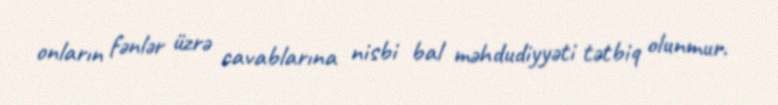
onların fənlər üzrə cavablarına nisbi bal məhdudiyyəti tətbiq olunmur.